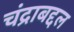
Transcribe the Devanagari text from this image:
चंद्राबद्दल